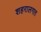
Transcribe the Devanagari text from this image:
शहरालगत